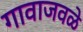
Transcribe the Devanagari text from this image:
गावाजवळे